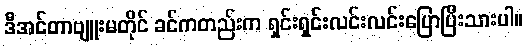
ဒီအင်တာဗျူးမတိုင် ခင်ကတည်းက ရှင်းရှင်းလင်းလင်းပြောပြီးသားပါ။